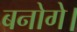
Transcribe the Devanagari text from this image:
बनोगे।